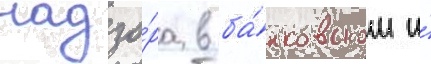
надзо́ра в ба́нковском и́